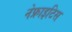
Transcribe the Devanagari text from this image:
नेफ्राइटिस